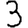
Digit: 3